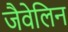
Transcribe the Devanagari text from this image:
जैवेलिन